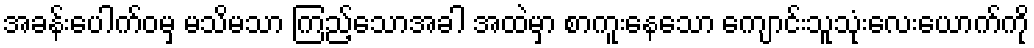
အခန်းပေါက်ဝမှ မသိမသာ ကြည့်သောအခါ အထဲမှာ စာကူးနေသော ကျောင်းသူသုံးလေးယောက်ကို